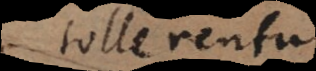
tollerentur